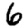
Digit: 6